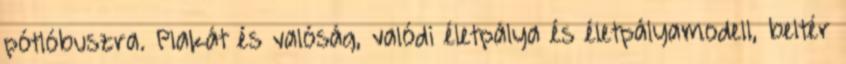
pótlóbuszra. Plakát és valóság, valódi életpálya és életpályamodell, beltér